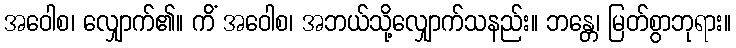
အဝေါစ၊ လျှောက်၏။ ကိံ အဝေါစ၊ အဘယ်သို့လျှောက်သနည်း။ ဘန္တေ၊ မြတ်စွာဘုရား။